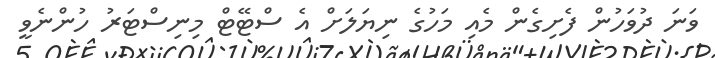
ވަނަ ދުވަހުން ފެށިގެން މެއި މަހުގެ ނިޔަލަށް އެ ސްޓޭޓް މިނިސްޓަރު ހުންނެވީ